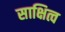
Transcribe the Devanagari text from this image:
साक्षित्व